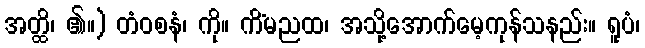
အတ္ထိ၊ ၏။) တံဝစနံ၊ ကို။ ကိံမညထ၊ အသို့အောက်မေ့ကုန်သနည်း။ ရူပံ၊